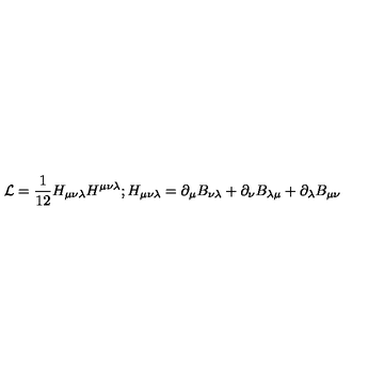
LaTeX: { \cal L } = \frac { 1 } { 1 2 } H _ { \mu \nu \lambda } H ^ { \mu \nu \lambda } ; H _ { \mu \nu \lambda } = \partial _ { \mu } B _ { \nu \lambda } + \partial _ { \nu } B _ { \lambda \mu } + \partial _ { \lambda } B _ { \mu \nu }